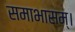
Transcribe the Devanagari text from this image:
समाभासम्।